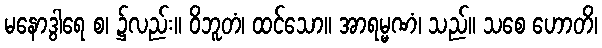
မနောဒွါရေ စ၊ ၌လည်း။ ဝိဘူတံ၊ ထင်သော။ အာရမ္မဏံ၊ သည်။ သစေ ဟောတိ၊